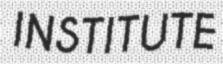
INSTITUTE